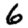
Digit: 6